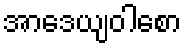
အာဒေယျဝါစော